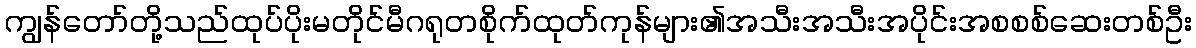
ကျွန်တော်တို့သည်ထုပ်ပိုးမတိုင်မီဂရုတစိုက်ထုတ်ကုန်များ၏အသီးအသီးအပိုင်းအစစစ်ဆေးတစ်ဦး